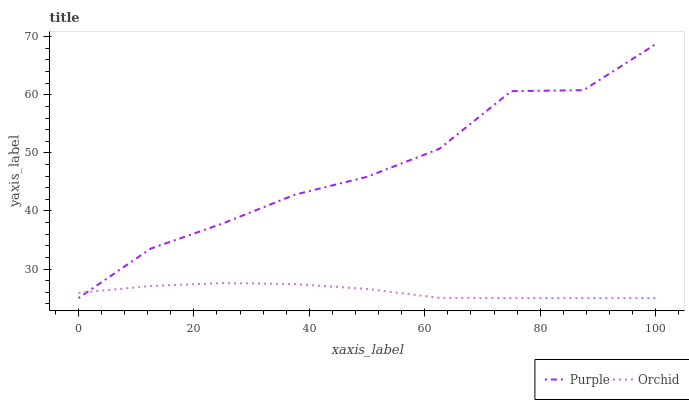
| xaxis_label | Purple | Orchid |
 | --- | --- | --- |
 | 0 | 25 | 25.9 |
 | 12.5 | 33.5 | 27.1 |
 | 25 | 37.8 | 27.6 |
 | 37.5 | 42.8 | 27.4 |
 | 50 | 45.9 | 26.6 |
 | 62.5 | 50.7 | 25 |
 | 75 | 60.6 | 25 |
 | 87.5 | 60.8 | 25 |
 | 100 | 68.7 | 25 |